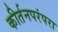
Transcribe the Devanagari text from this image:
कीर्तनपरंपरा